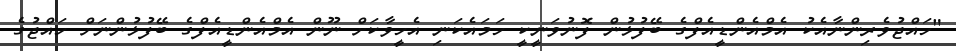
"ހައްޖުވެރިންނާއެކު އެމްއެންޑީއެފްގެ ބޭފުޅުން ފޮނުވަނީކީ ހަމައެކަނި އެހީވާކަށް ނޫން އެމްއެންޑީއެފްގެ ބޭފުޅުންނަށް ހައްޖުގެ